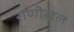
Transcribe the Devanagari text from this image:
राणीखल